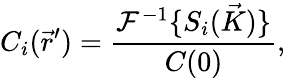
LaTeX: C_{i}(\vec{r}^{\prime})=\frac{\mathcal{F}^{-1}\{ S_{i}(\vec{K})\} }{C(0)},